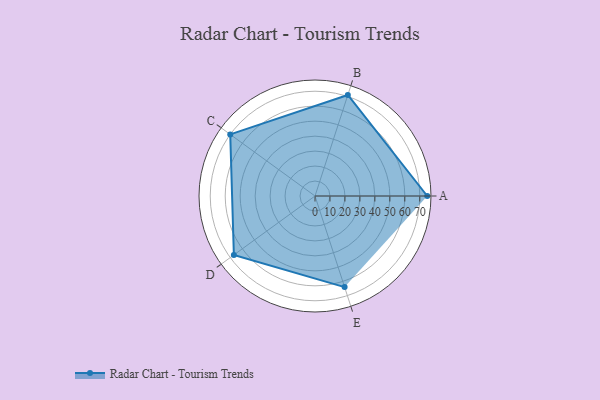
{"axis": {"x": "Skill", "y": "Score"}, "legend": ["Profile"], "data": [{"x": "A", "y": 75.0, "type": "Profile"}, {"x": "B", "y": 71.0, "type": "Profile"}, {"x": "C", "y": 70.0, "type": "Profile"}, {"x": "D", "y": 67.0, "type": "Profile"}, {"x": "E", "y": 64.0, "type": "Profile"}]}